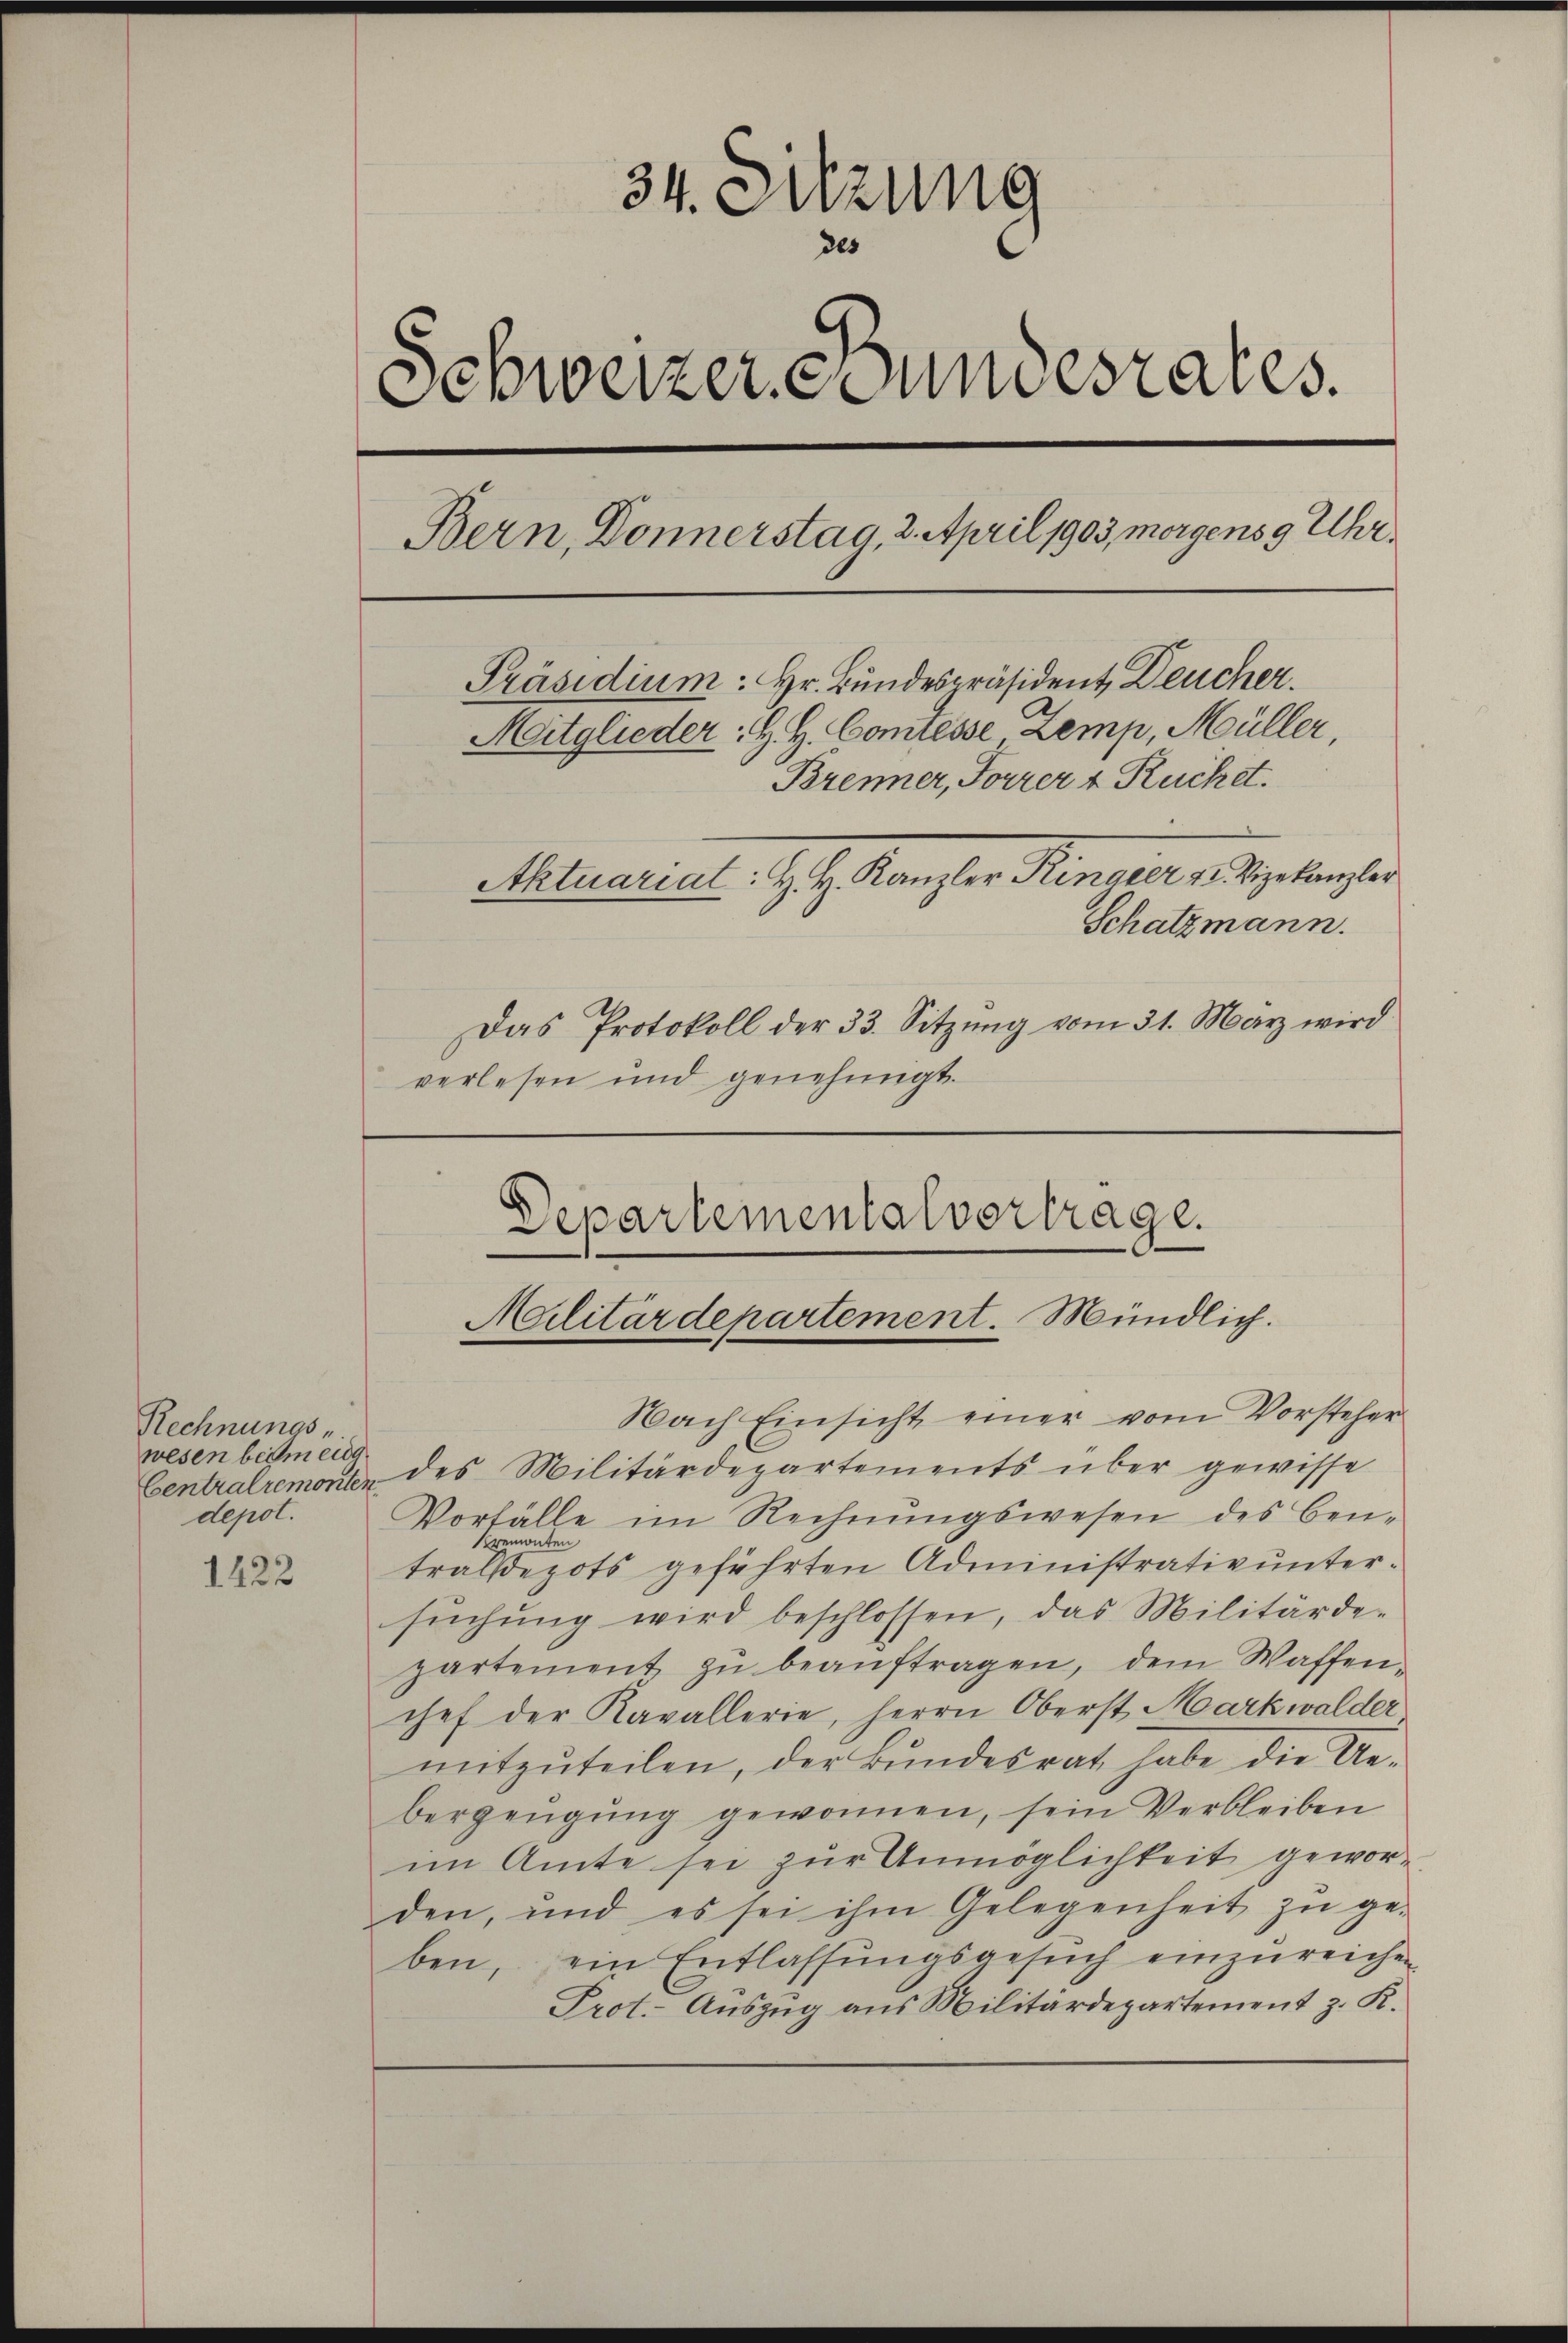
Rechnungs-
wesen beim eidg.
depol.

1422

34. Sitzung
2es
Schweizer Stundesrates.
Bern, Donnerstag, 2. April 1903, morgens 9 Uhr¬
Präsidium. Hr. Bundespräsident, Deucher.
Mitglieder: H. H. Comtesse Zemp, Müller,
Brenner, Forrer & Rücket.
Aktuarial. H. H. Kanzler Ringier v. Mittenber
Schatzmann.
Das Protokoll der 33. Sitzŭng vom 31. März wird
verlesen und genehmigt.

Nach Einsicht einer vom Vorsteher
Centralremont des Militärdepartements über gewisse
Vorfälle im Rechnŭngswesen des Benemonten
1
tralsepots geführten Administrativ untersŭchŭng wird beschlossen, das Militärde-
partement zu beauftragen, dem Waffenchef der Kavallerie, Herrn Oberst Markwalder
mitzŭteilen, der Bundesrat habe die Ue-
berzeugung gewonnen, sein Verbleiben
im Amte sei zur Unmöglichkeit gewor-
den, und es sei ihm Gelegenheit zŭ ge-
ben, ein Entlassŭngsgesŭch einzŭreichen
Prot.- Auszug aus Militärdepartement z. K.

Departementalvertrage.
Militärdepartement. Mündlich.